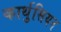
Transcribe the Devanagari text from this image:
कार्थुसियन